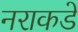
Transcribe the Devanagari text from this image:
नराकडे